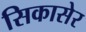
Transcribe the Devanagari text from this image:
सिकासेर